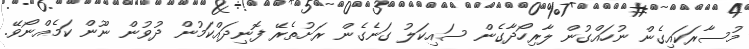
މުސާރަކައިގެން ނުހައްގުން ލާރިހޯދާގެން ސައިކަލު ގަނެގެން ރަށުތެރޭ ފޮނިދައްކަމުން ދުވުން ނޫން ކަމެއްނޯވޭ.